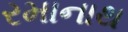
રમાનાથ